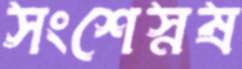
সংশেস্নষ